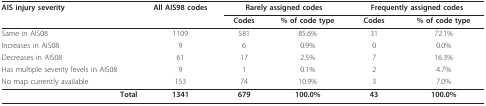
| AIS injury severity | All AIS98 codes | <COLSPAN=2> Rarely assigned codes | <COLSPAN=2> Frequently assigned codes |
 |  |  | Codes | % of code type | Codes | % of code type |
 | --- | --- | --- | --- | --- | --- |
 | Same in AIS08 | 1109 | 581 | 85.6% | 31 | 72.1% |
 | Increases in AIS08 | 9 | 6 | 0.9% | 0 | 0.0% |
 | Decreases in AIS08 | 61 | 17 | 2.5% | 7 | 16.3% |
 | Has multiple severity levels in AIS08 | 9 | 1 | 0.1% | 2 | 4.7% |
 | No map currently available | 153 | 74 | 10.9% | 3 | 7.0% |
 | Total | 1341 | 679 | 100.0% | 43 | 100.0% |